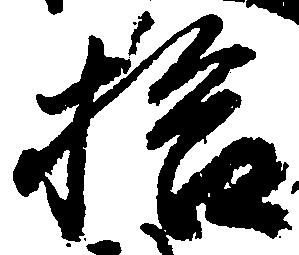
拾